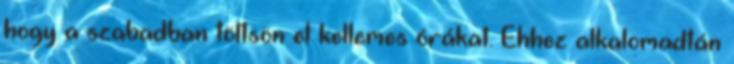
hogy a szabadban töltsön el kellemes órákat. Ehhez alkalomadtán